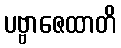
ပဗ္ဗာဇေထာတိ